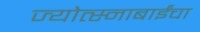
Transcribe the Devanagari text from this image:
ज्योत्स्नाबाईंचा